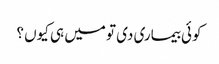
کوئی بیماری دی تو میں ہی کیوں ؟